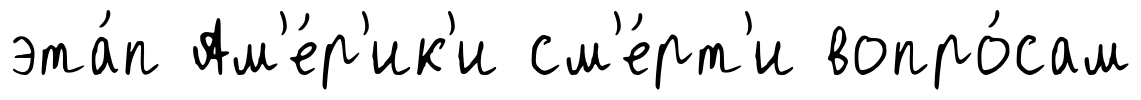
эта́п Ам'е́р'ик'и см'е́рт'и вопро́сам